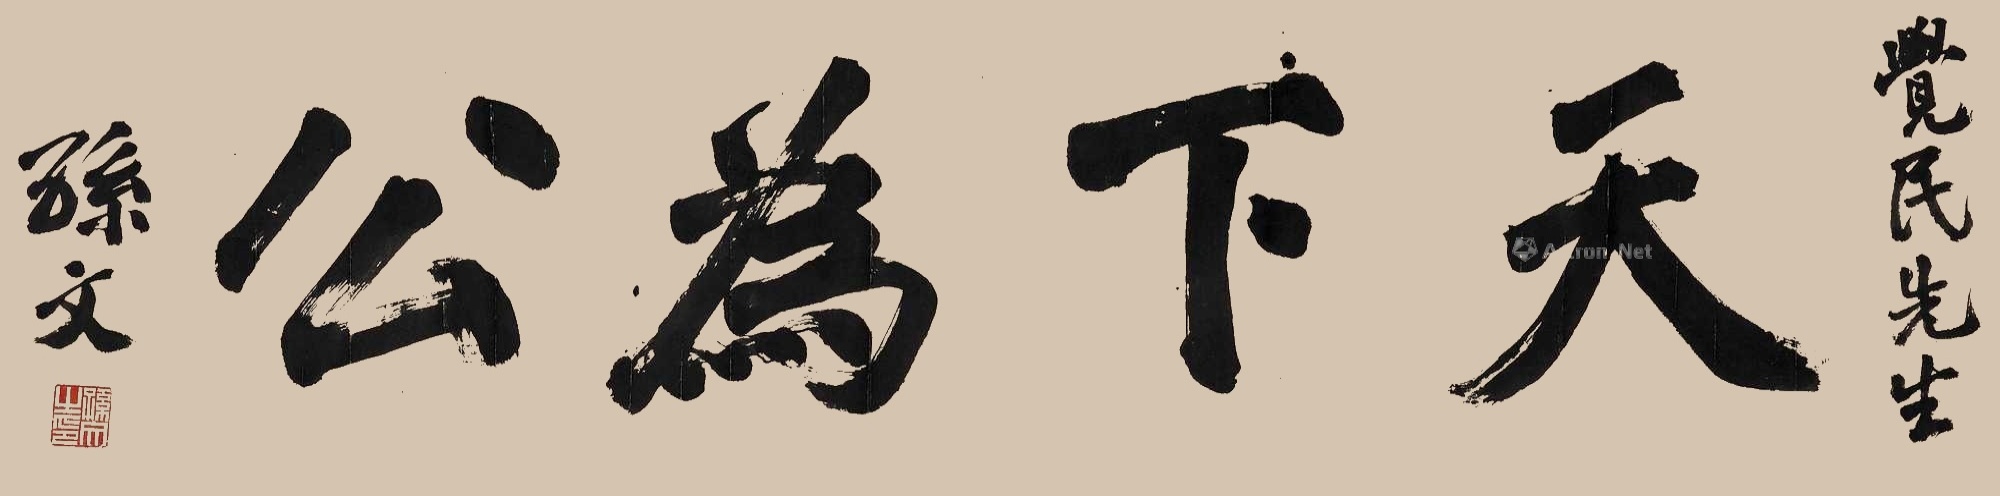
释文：天下为公。觉民先生，孙文。